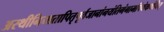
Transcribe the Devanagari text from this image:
अस्थीनिमातापितृपूर्वजानांनयंतिगंगामपियेकथंचित्